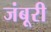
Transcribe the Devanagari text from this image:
जंबूरी